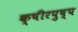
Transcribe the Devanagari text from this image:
क्षीरपुष्प